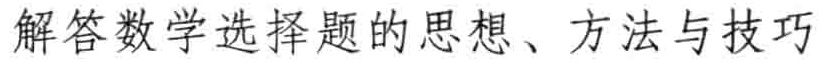
解答数学选择题的思想、方法与技巧